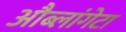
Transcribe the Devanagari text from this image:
औब्लांगेटा